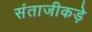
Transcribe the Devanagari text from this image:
संताजीकड़े